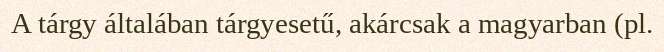
A tárgy általában tárgyesetű, akárcsak a magyarban (pl.